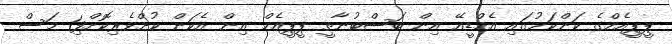
ޕީޕީއެމްގެ ކަންކަމުގައި އެމްޑީއޭ އިން ބަސްބުނާތީ ޕީޕީއެމް އިން އެކަން ކުށްވެރިކޮށްފި1 މަސް